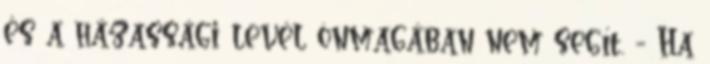
és a házassági levél önmagában nem segít. - Ha